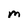
Character: m